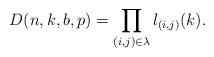
LaTeX: \begin{align*} D(n,k,b,p)=\prod_{(i,j) \in \lambda} l_{(i,j)}(k).\end{align*}